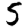
Digit: 5